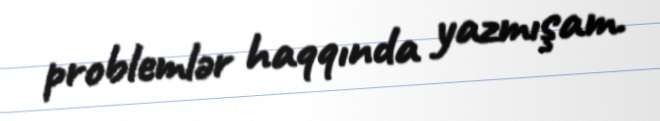
problemlər haqqında yazmışam.